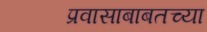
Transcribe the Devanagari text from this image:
प्रवासाबाबतच्या